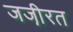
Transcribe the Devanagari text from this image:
जजी़रत